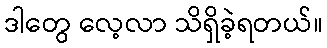
ဒါတွေ လေ့လာ သိရှိခဲ့ရတယ်။